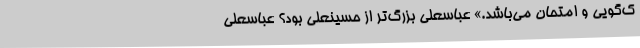
ک‌گویی و امتحان می‌باشد.» عباسعلی بزرگ‌تر از حسینعلی بود؟ عباسعلی